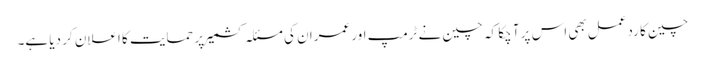
چین کا ردعمل بھی اس پر آ چکا کہ چین نے ٹرمپ اور عمران کی مسئلہ کشمیر پر حمایت کا اعلان کر دیا ہے۔